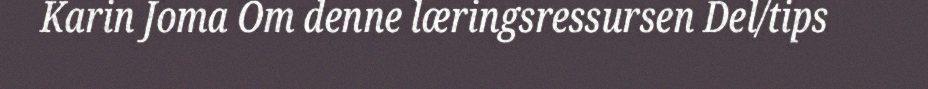
Karin Joma Om denne læringsressursen Del/tips